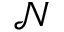
\mathcal { N }